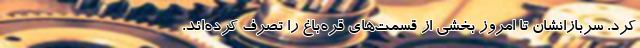
کرد. سربازانشان تا امروز بخشی از قسمت‌های قره‌باغ را تصرف کرده‌اند.